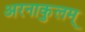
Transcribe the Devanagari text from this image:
अरनाकुलम्‌